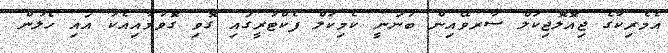
އެމެރިކާގެ ޖިއޮލޮޖިކަލް ސާރވޭއިން ބުނަނީ ކެމިކަލް ފެކްޓުރީގައި ގޮވި ގޮވުމާއިއެކު އައި ހެލުން